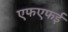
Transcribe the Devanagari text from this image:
एफएफई